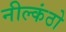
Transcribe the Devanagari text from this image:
नील्कंठो